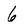
Character: 6